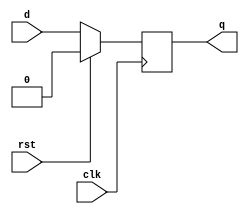
/**************************************************
P1.1 BEHAVIORAL POSITIVE EDGE TRIGGERED D-FLIPFLOP   
SYNCHRONOUS ACTIVE HIGH RESET
************************************************/


module dffb(q,d,clk,rst);

	input d,clk,rst;
	output reg q;

	always@(posedge clk)
		if(rst)
			q <= 1'b0;
		else
			q <= d;

endmodule